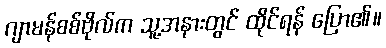
ဂျာမန်စစ်ဗိုလ်က သူ့အနားတွင် ထိုင်ရန် ပြော၏။